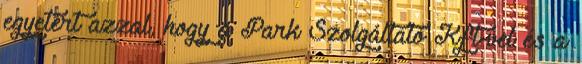
egyetért azzal, hogy a Park Szolgáltató Kft-vel és a